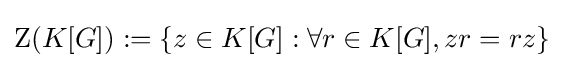
\mathrm {Z} (K[G]):=\left\{z\in K[G]:\forall r\in K[G],zr=rz\right\}